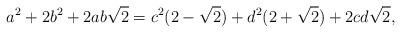
LaTeX: \begin{align*}a^2+2b^2+2ab\sqrt{2}=c^2(2-\sqrt{2})+d^2(2+\sqrt{2})+2cd\sqrt{2},\end{align*}